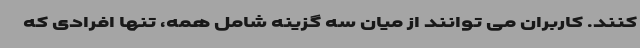
کنند. کاربران می توانند از میان سه گزینه شامل همه، تنها افرادی که